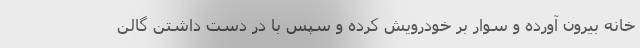
خانه بیرون آورده و سوار بر خودرویش کرده و سپس با در دست داشتن گالن